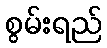
စွမ်းရည်